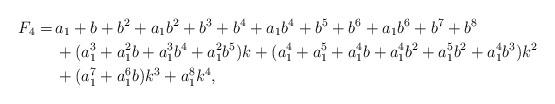
LaTeX: \begin{align*}F_4=\,&a_1+b+b^2+a_1 b^2+b^3+b^4+a_1 b^4+b^5+b^6+a_1 b^6+b^7+b^8\\ &+(a_1^3 +a_1^2 b+a_1^3 b^4 +a_1^2 b^5)k+(a_1^4+a_1^5+a_1^4 b+a_1^4 b^2+a_1^5 b^2+a_1^4 b^3)k^2\cr&+(a_1^7 +a_1^6 b)k^3+a_1^8 k^4,\end{align*}